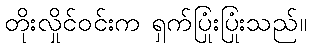
တိုးလှိုင်ဝင်းက ရှက်ပြုံးပြုံးသည်။